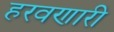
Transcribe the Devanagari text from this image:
हरवणारी